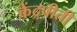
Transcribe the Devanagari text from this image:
केंद्रपीती